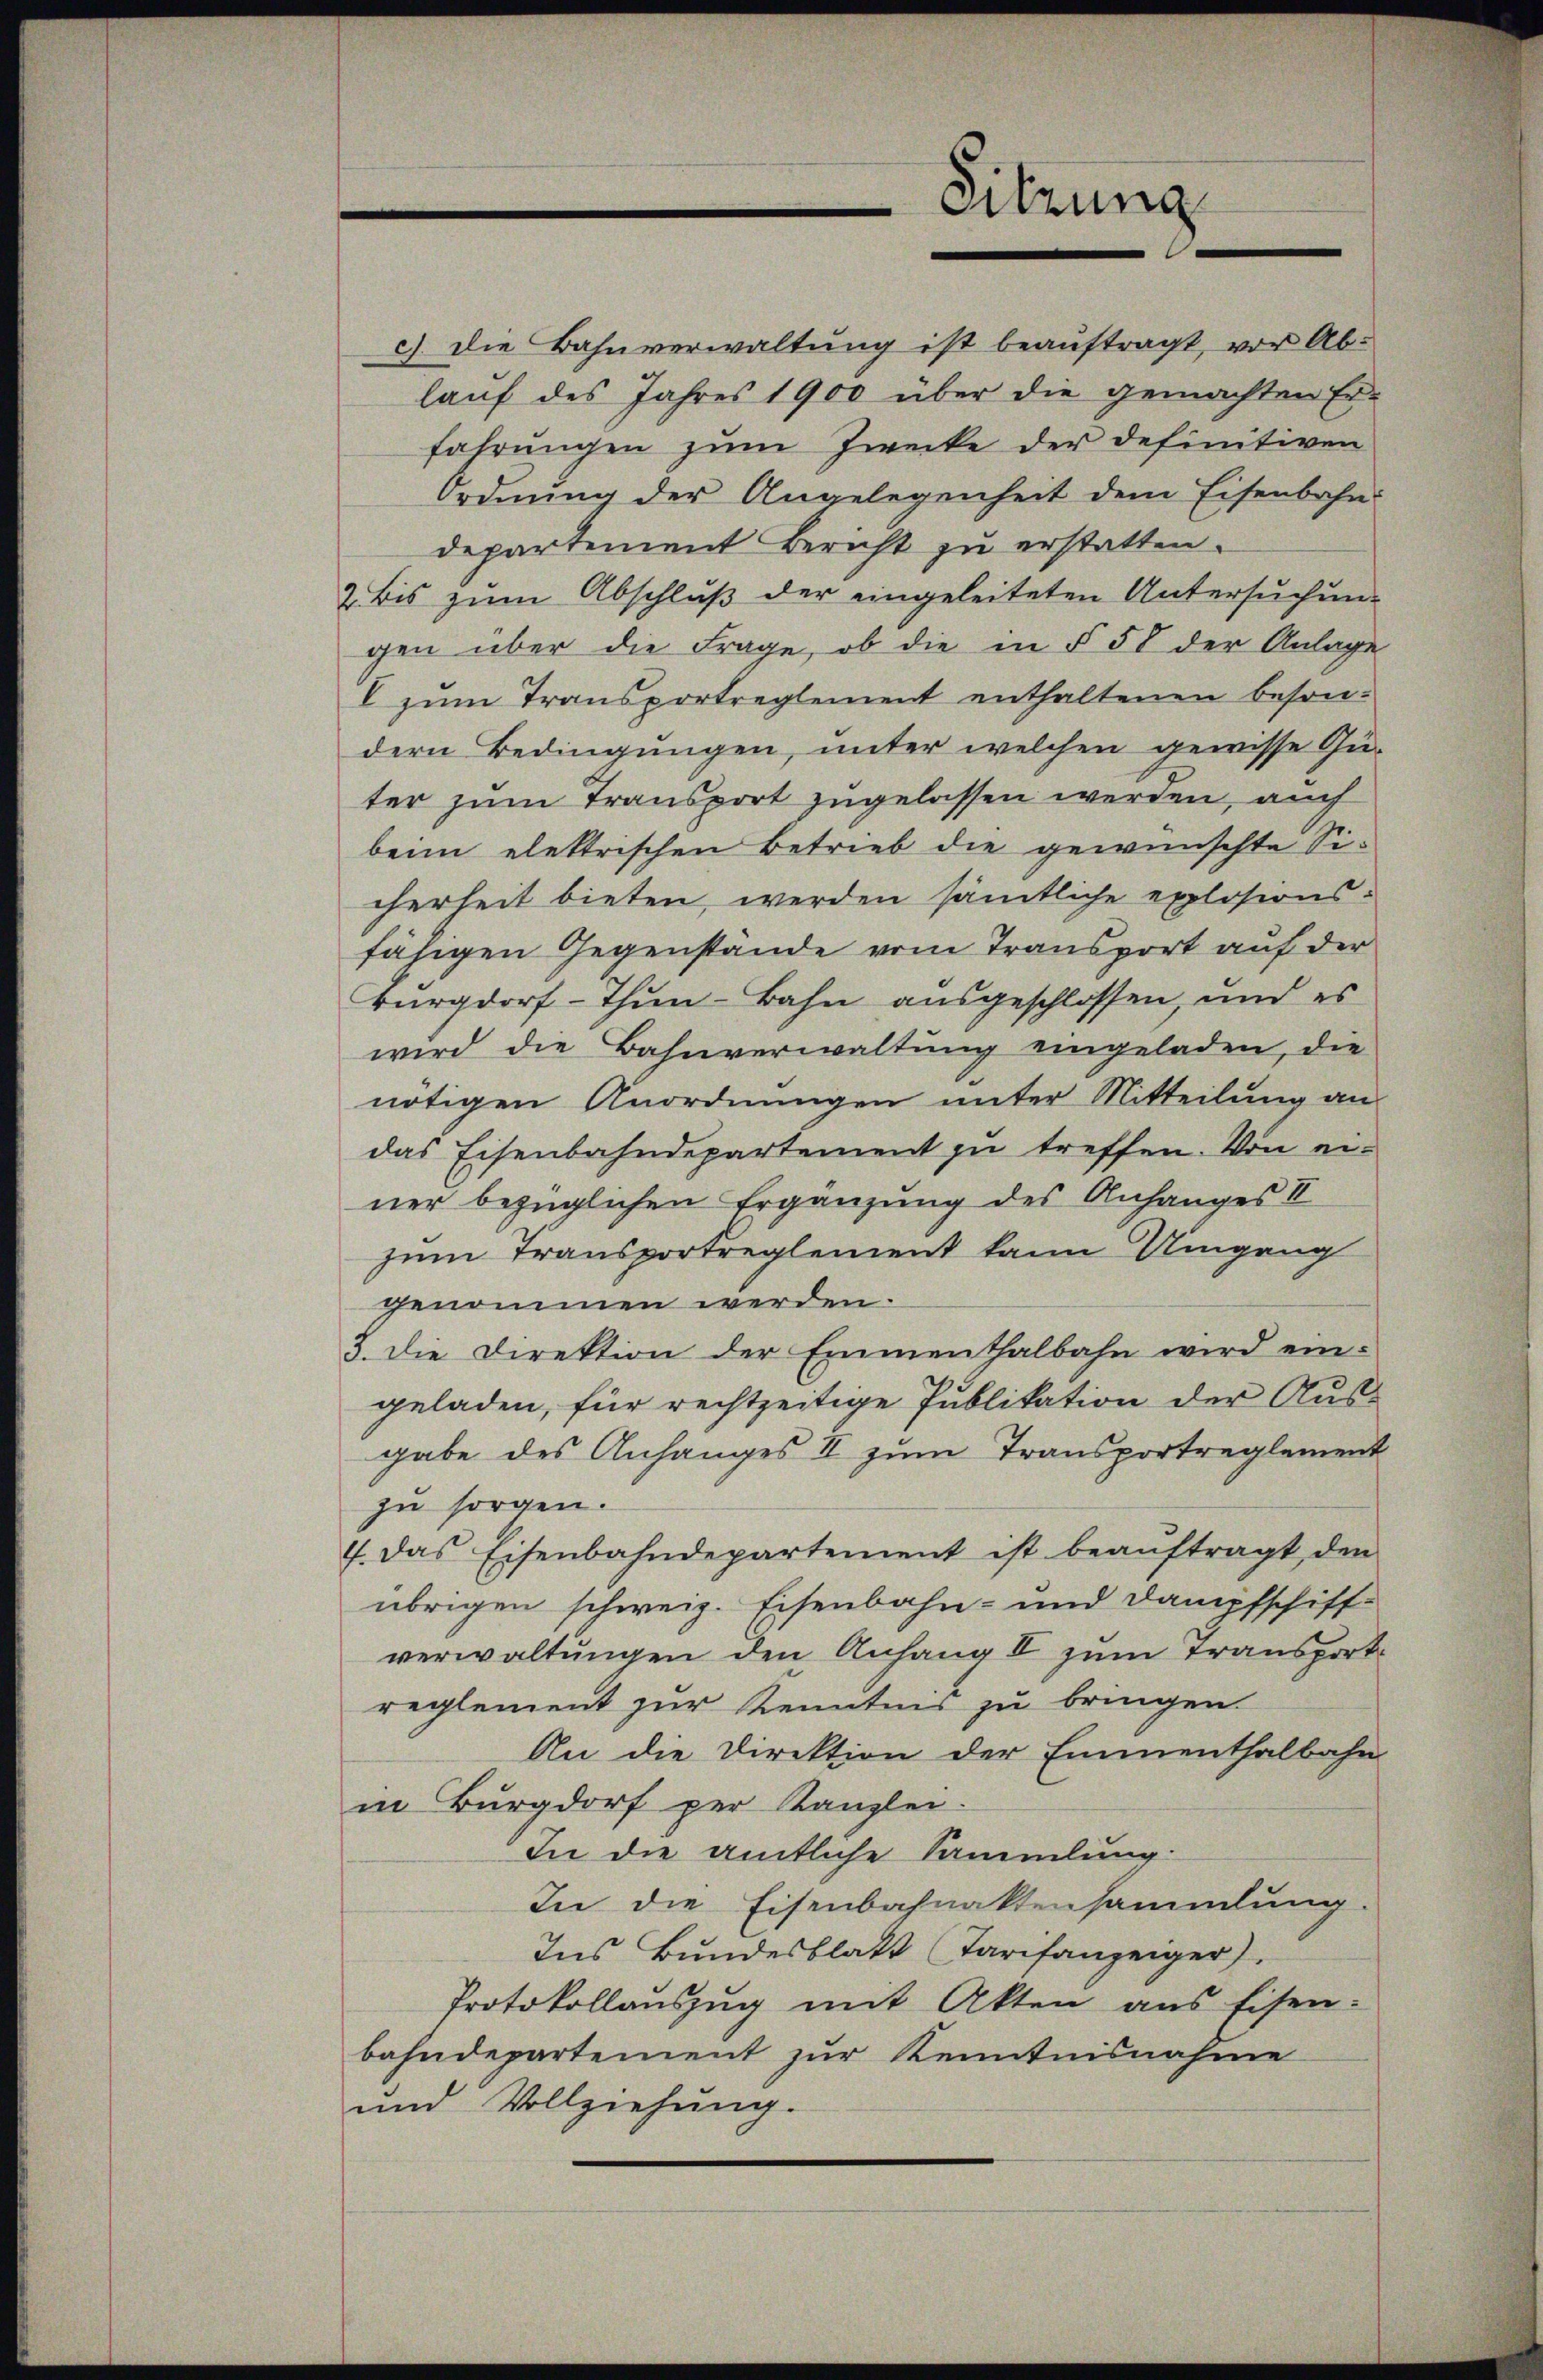
Sitzung

c). Die Bahnverwaltung ist beauftragt, vor Ablauf des Jahres 1900 über die gemachten Er-
fahrungen zum Zwecke der definitiven
Ordnung der Angelegenheit dem Eisenbahn-
departement Bericht zu erstatten.
Bis zum Abschluß der eingeleiteten Untersuchun-
gen über die Frage, ob die in § 58 der Anlage
I zum Transportreglement enthaltenen besondern Bedingungen, unter welchen gewisse Gu-
ter zum Transport zugelassen werden, auch
beim elektrischen Betrieb die gewünschte Sicherheit bieten, werden sämtliche explosions-
fähigen Gegenstände vom Transport auf der
Burgdorf-Thun-Bahn ausgeschlossen, und es
wird die Bahnverwaltung eingeladen, die
nötigen Anordnungen unter Mitteilung an
das Eisenbahndepartement zu treffen. Von einer bezüglichen Ergänzung des Anhanges II
zum Transportreglement kann Umgang
genommen werden.
3. Die Direktion der Emmenthalbahn wird eingeladen, für rechtzeitige Publikation der Ausgabe des Anhanges II zum Transportreglement
zu sorgen.
4. Das Eisenbahndepartement ist beaŭftragt, den
übrigen schweiz. Eisenbahn- und Dampfschiff-
verwaltungen den Anfang II zum Transporte
reglement zur Kenntnis zu bringen.
An die Direktion der Emmenthalbahn
in Burgdorf per Kanzlei
In die amtliche Sammlung:
In die Eisenbahnaktensammlung.
Ins Bundesblatt Tarifanzeiger).
Protokollaŭszŭg mit Akten ans Eisen-
bahndepartement zur Kenntnisnahme
und Vollziehung.